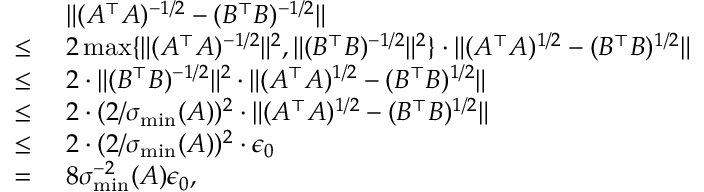
\begin{array} { r l } & { ~ \| ( A ^ { \top } A ) ^ { - 1 / 2 } - ( B ^ { \top } B ) ^ { - 1 / 2 } \| } \\ { \leq } & { ~ 2 \operatorname* { m a x } \{ \| ( A ^ { \top } A ) ^ { - 1 / 2 } \| ^ { 2 } , \| ( B ^ { \top } B ) ^ { - 1 / 2 } \| ^ { 2 } \} \cdot \| ( A ^ { \top } A ) ^ { 1 / 2 } - ( B ^ { \top } B ) ^ { 1 / 2 } \| } \\ { \leq } & { ~ 2 \cdot \| ( B ^ { \top } B ) ^ { - 1 / 2 } \| ^ { 2 } \cdot \| ( A ^ { \top } A ) ^ { 1 / 2 } - ( B ^ { \top } B ) ^ { 1 / 2 } \| } \\ { \leq } & { ~ 2 \cdot ( 2 / \sigma _ { \operatorname* { m i n } } ( A ) ) ^ { 2 } \cdot \| ( A ^ { \top } A ) ^ { 1 / 2 } - ( B ^ { \top } B ) ^ { 1 / 2 } \| } \\ { \leq } & { ~ 2 \cdot ( 2 / \sigma _ { \operatorname* { m i n } } ( A ) ) ^ { 2 } \cdot \epsilon _ { 0 } } \\ { = } & { ~ 8 \sigma _ { \operatorname* { m i n } } ^ { - 2 } ( A ) \epsilon _ { 0 } , } \end{array}